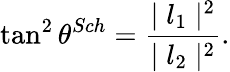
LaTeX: \tan^{2}{\theta^{Sch}}=\frac{\mid{l_{1}}\mid^{2}}{\mid{l_{2}}\mid^{2}}.